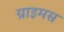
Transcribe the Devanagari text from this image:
ग्राइमस